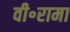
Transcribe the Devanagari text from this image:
वी॰रामा